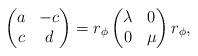
LaTeX: \begin{align*} \begin{pmatrix} a & -c\\ c & d \end{pmatrix} = r_{\phi} \begin{pmatrix} \lambda & 0 \\ 0 & \mu \end{pmatrix} r_{\phi}, \end{align*}